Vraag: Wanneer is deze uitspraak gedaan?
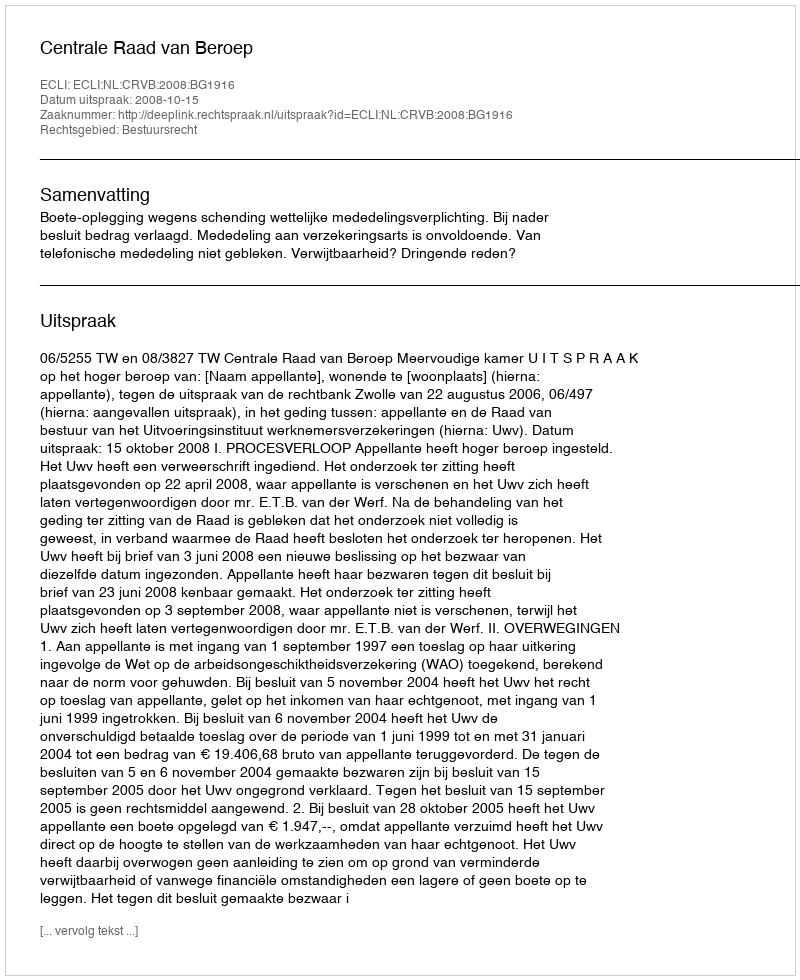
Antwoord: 2008-10-15